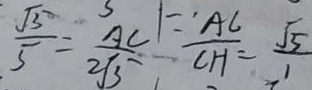
\frac { \sqrt { 5 } } { 5 } = \frac { A C } { 2 \sqrt { 3 } } \because \frac { A C } { C H } = \frac { \sqrt { 5 } } { 1 }